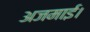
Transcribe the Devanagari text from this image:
अजमाई।